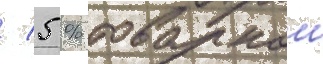
/ 5 % товарнои